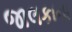
જાલકાના